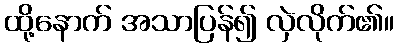
ထို့နောက် အသာပြန်၍ လှဲလိုက်၏။